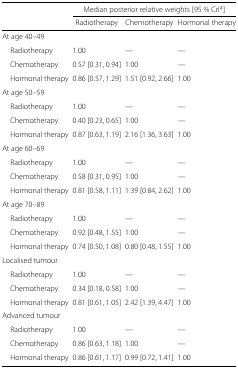
<table><thead><tr><td></td><td colspan="3"><b>Median posterior relative weights [95 % CrI<sup>a</sup>]</b></td></tr><tr><td></td><td><b>Radiotherapy</b></td><td><b>Chemotherapy</b></td><td><b>Hormonal therapy</b></td></tr></thead><tbody><tr><td>At age 40–49</td><td></td><td></td><td></td></tr><tr><td>Radiotherapy</td><td>1.00</td><td>—</td><td>—</td></tr><tr><td>Chemotherapy</td><td>0.57 [0.31, 0.94]</td><td>1.00</td><td>—</td></tr><tr><td>Hormonal therapy</td><td>0.86 [0.57, 1.29]</td><td>1.51 [0.92, 2.66]</td><td>1.00</td></tr><tr><td>At age 50–59</td><td></td><td></td><td></td></tr><tr><td>Radiotherapy</td><td>1.00</td><td>—</td><td>—</td></tr><tr><td>Chemotherapy</td><td>0.40 [0.23, 0.65]</td><td>1.00</td><td>—</td></tr><tr><td>Hormonal therapy</td><td>0.87 [0.63, 1.19]</td><td>2.16 [1.36, 3.63]</td><td>1.00</td></tr><tr><td>At age 60–69</td><td></td><td></td><td></td></tr><tr><td>Radiotherapy</td><td>1.00</td><td>—</td><td>—</td></tr><tr><td>Chemotherapy</td><td>0.58 [0.31, 0.95]</td><td>1.00</td><td>—</td></tr><tr><td>Hormonal therapy</td><td>0.81 [0.58, 1.11]</td><td>1.39 [0.84, 2.62]</td><td>1.00</td></tr><tr><td>At age 70–89</td><td></td><td></td><td></td></tr><tr><td>Radiotherapy</td><td>1.00</td><td>—</td><td>—</td></tr><tr><td>Chemotherapy</td><td>0.92 [0.48, 1.55]</td><td>1.00</td><td>—</td></tr><tr><td>Hormonal therapy</td><td>0.74 [0.50, 1.08]</td><td>0.80 [0.48, 1.55]</td><td>1.00</td></tr><tr><td>Localised tumour</td><td></td><td></td><td></td></tr><tr><td>Radiotherapy</td><td>1.00</td><td>—</td><td>—</td></tr><tr><td>Chemotherapy</td><td>0.34 [0.18, 0.58]</td><td>1.00</td><td>—</td></tr><tr><td>Hormonal therapy</td><td>0.81 [0.61, 1.05]</td><td>2.42 [1.39, 4.47]</td><td>1.00</td></tr><tr><td>Advanced tumour</td><td></td><td></td><td></td></tr><tr><td>Radiotherapy</td><td>1.00</td><td>—</td><td>—</td></tr><tr><td>Chemotherapy</td><td>0.86 [0.63, 1.18]</td><td>1.00</td><td>—</td></tr><tr><td>Hormonal therapy</td><td>0.86 [0.61, 1.17]</td><td>0.99 [0.72, 1.41]</td><td>1.00</td></tr></tbody></table>